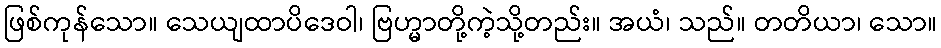
ဖြစ်ကုန်သော။ သေယျထာပိဒေဝါ၊ ဗြဟ္မာတို့ကဲ့သို့တည်း။ အယံ၊ သည်။ တတိယာ၊ သော။